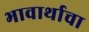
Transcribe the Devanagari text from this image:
भावार्थाचा